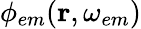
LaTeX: \phi_{em}(\mathbf{r},\omega_{em})